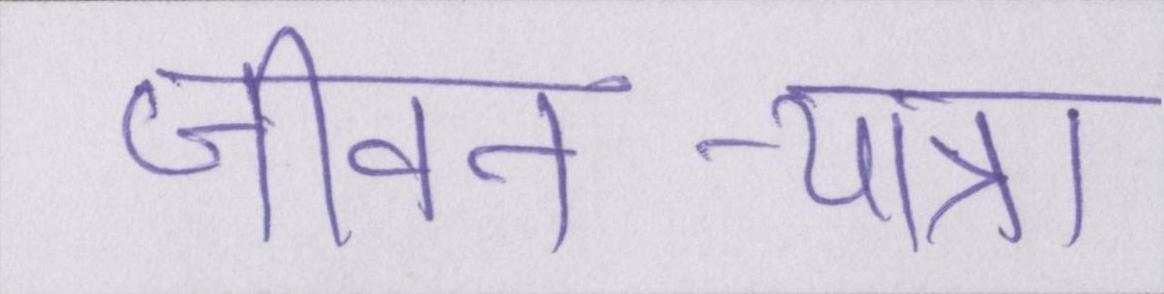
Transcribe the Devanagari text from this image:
जीवन-यात्रा